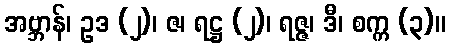
အဗ္ဘာန်၊ ဥဒ (၂)၊ ဇ၊ ရဋ္ဌ (၂)၊ ရဇ္ဇ၊ ဒီ၊ စက္က (၃)။